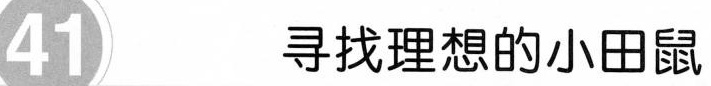
41 寻找理想的小田鼠